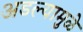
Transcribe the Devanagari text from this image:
अडल्यामुळे